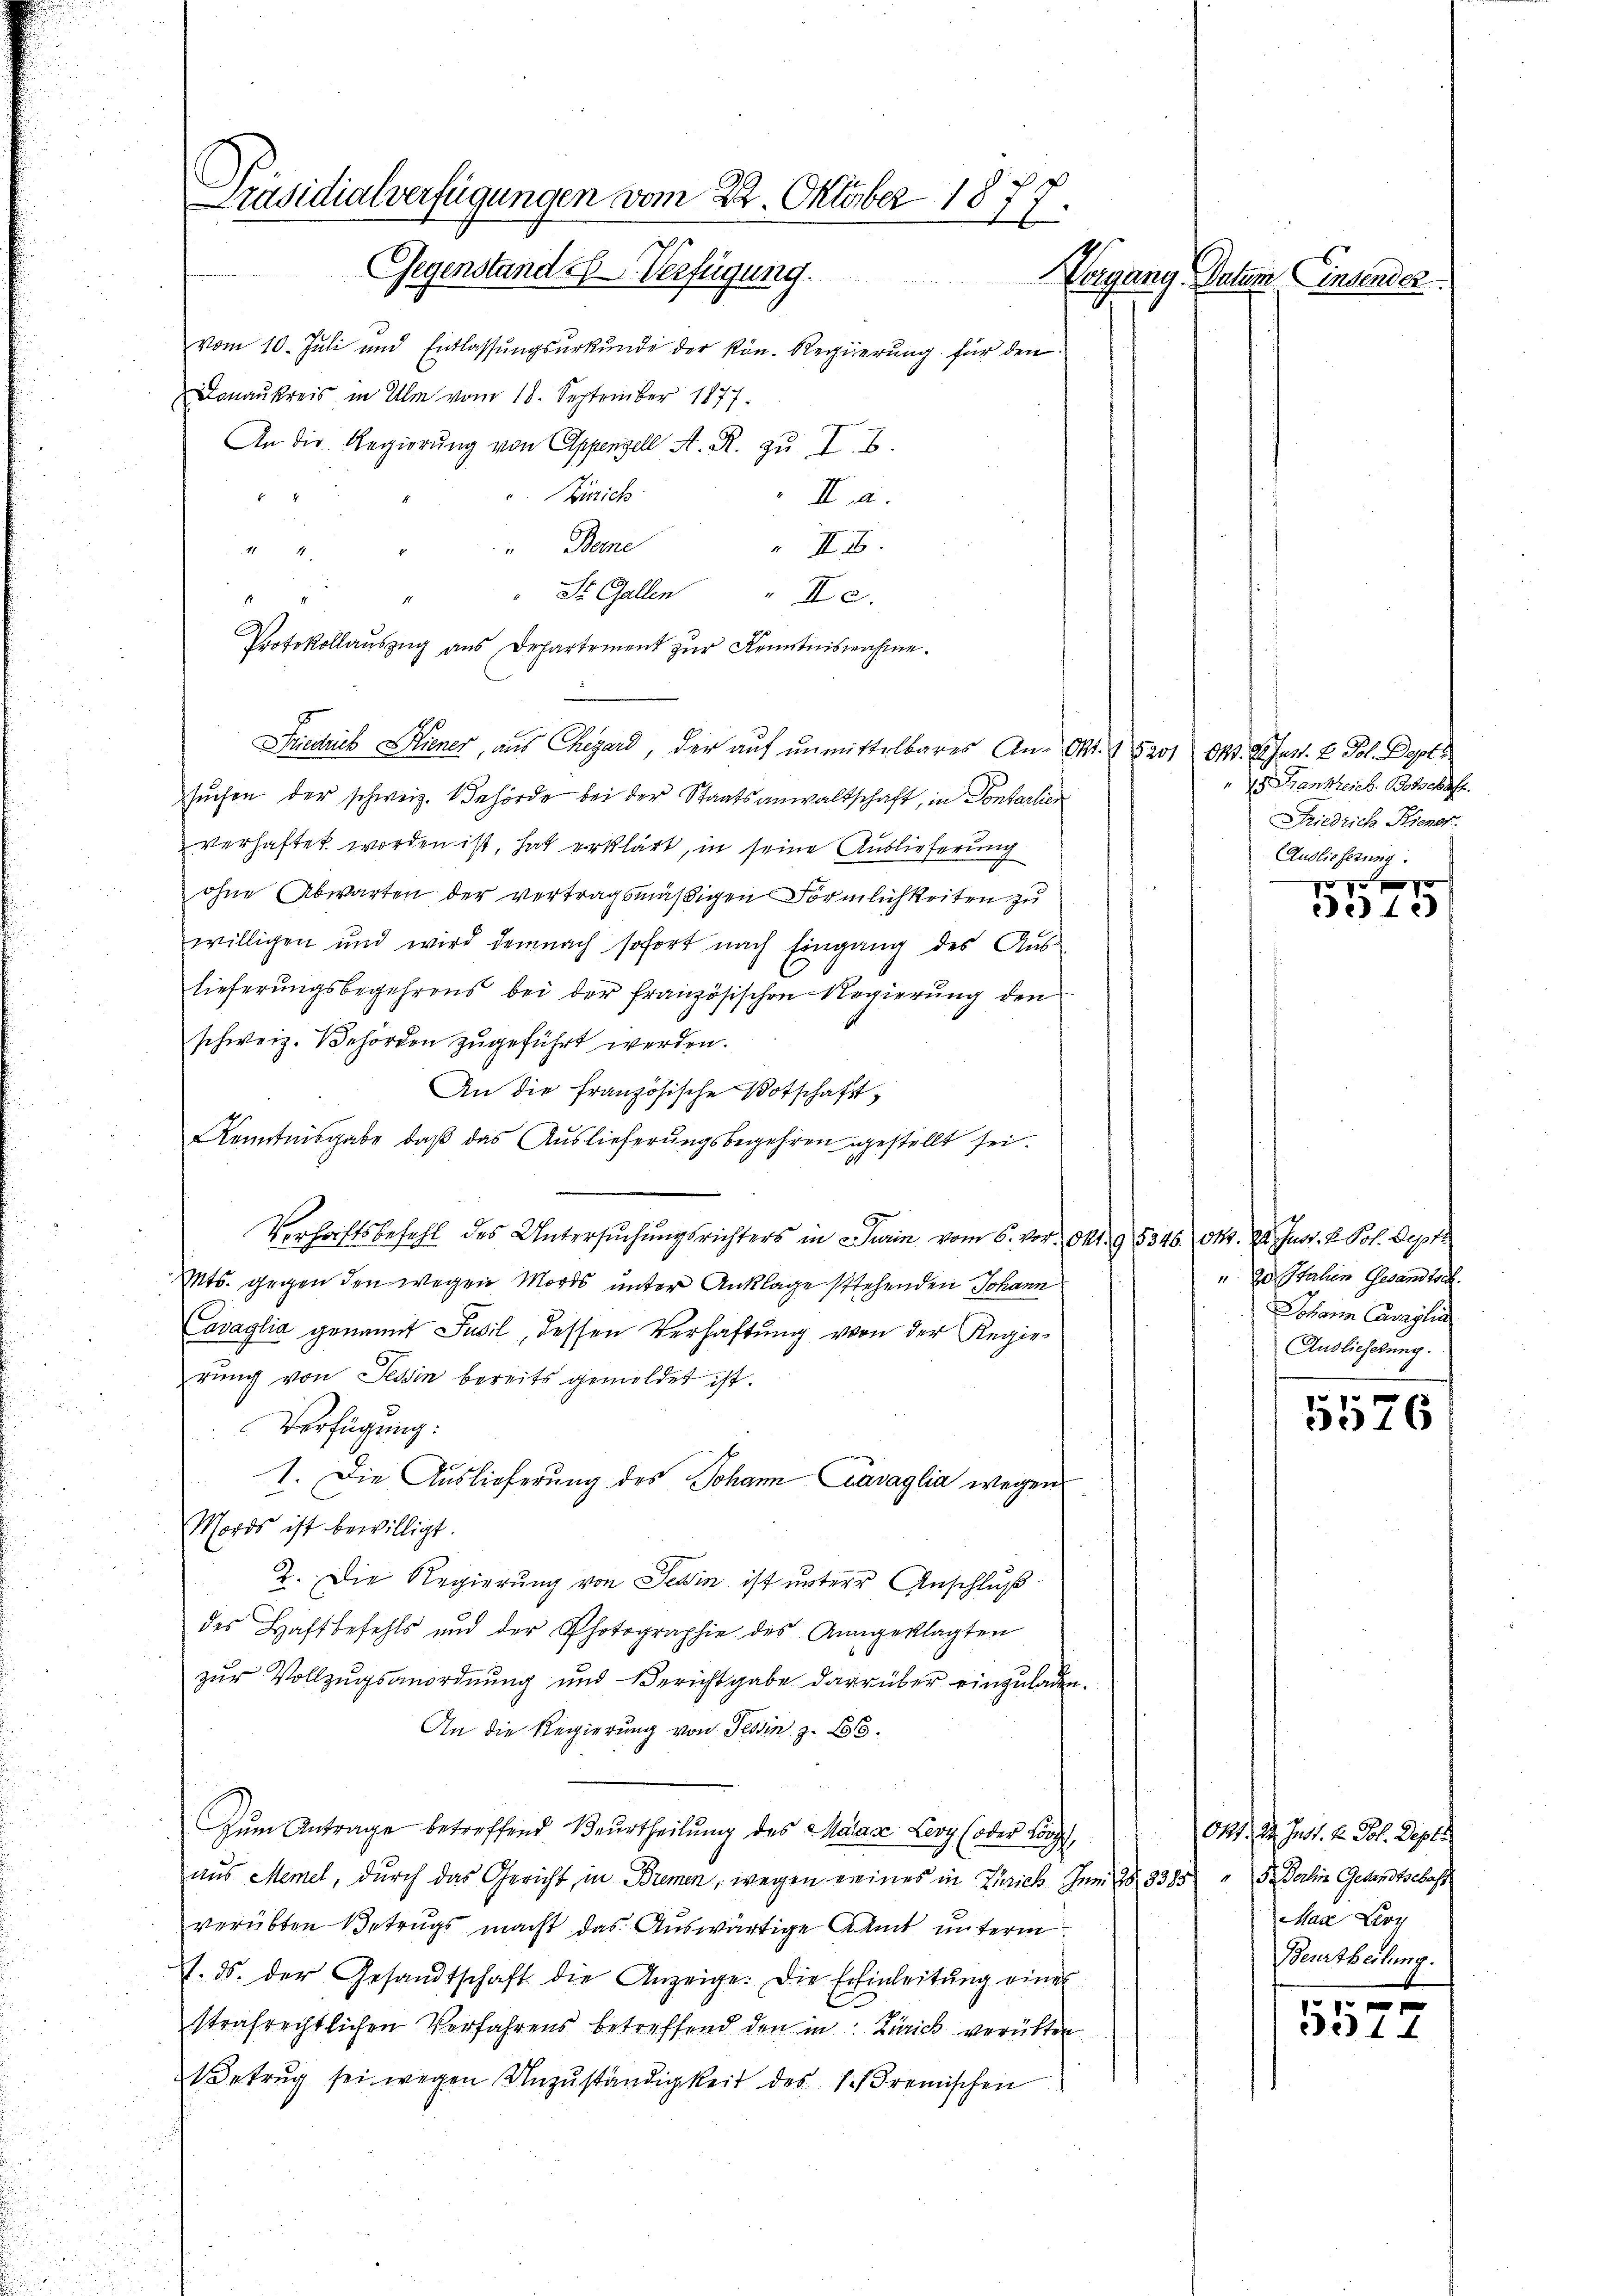
u
u
d

Donaukreis in Ulm vom 18. September 1877.
An die Regierŭng von Appenzell A. R. zu I. B.
Zürich
II. a.
Beine
 II.

 St. Gallen
Ie.
Protokollauszug aus Departement zur Kenntnisnahme.
Friedrich Hiener, aus Chegard, der auf unmittelbares An- Okt. 1 5aos Okt. Bart. 2 Pol. Depot
suchen der schweiz. Behörde bei der Staatsanwaltschaft, in Pontarlier
verhaftet worden ist, hat erklärt, in seine Auslieferung
.
ohne Abwarten der vertragsmäßigen Förmlichkeiten zu
willigen und wird demnach sofort nach Eingang des Aus-
lieferŭngsbegehrens bei der französischen Regierŭng den
schweiz. Behörden zugeführt werden.
An die französische Botschaft¬
Kenntnisgabe, daß das Auslieferungsbegehren gestellt sei.
Verhaftsbefehl des Untersuchungsrichters in Turin vom 5. vor. Okt. 95346. Okt. 22. Just. 2 Pol. Sept
Mts. gegen den wegen Mords unter Anklage stehenden Johann
avaglia genannt Susil, dessen Verhaftung von der Regie-
rung von Tessin bereits gemeldet ist.
Verfügung:
1. Die Auslieferung des Johann Cavaglia wegen
Mordes ist bewilligt.
2. Die Regierung von Jesin ist unterer Anschluß
des Haftbefehls und der Photographie des Angeklagten
zur Vollzugsanordnung und Berichtgabe darüber einzuladen.
An die Regierung von Tessin z. Bos
Zum Antrage betreffend Beurtheilung des Malace Lery (oder Korps,
aus Memel, durch das Gericht in Bremen, wegen ereines in Zürich Juni 18. 3385 " 5. Derhin Gesandtschaft
verübten Betrugs macht das Auswärtige Amt unterm
. ds. der Gesandtschaft die Anzeige. Die Erfinleitŭng einer
strafrechtlichen Verfahrens betreffend den in Zürich verübten
Betrug sei wegen Unzuständigkeit des si remischen
d

Präsidialverfügungen vom 22. Oktober 1877.
Gegenstandes Verfügung.
Vorgang Datum Einsender
vom 10. Juli und Entlassŭngsŭrkŭnde der kön. Regierung für den

4

15 Frankreich. Botschaft.
Friedrich Hiener.
Auslieferung

0 f 0 x
1015

u. zu Stahen Gesandtsch
Johann Canzlis
Auslieferung.

5576

O41. 2. Just. v. Joh. Depte
Mare Lery
Beurtheilung.
s

3314